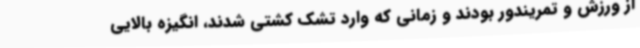
از ورزش و تمریندور بودند و زمانی که وارد تشک کشتی شدند، انگیزه بالایی